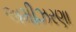
અમીઝરણા